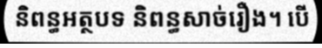
និពន្ធអត្ថបទ និពន្ធសាច់រឿង។ បើ